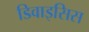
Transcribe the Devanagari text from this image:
डिवाइसिस